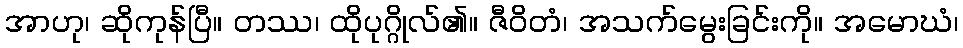
အာဟု၊ ဆိုကုန်ပြီ။ တဿ၊ ထိုပုဂ္ဂိုလ်၏။ ဇီဝိတံ၊ အသက်မွေးခြင်းကို။ အမောဃံ၊